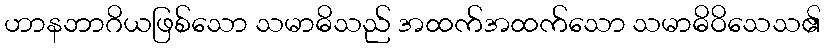
ဟာနဘာဂိယဖြစ်သော သမာဓိသည် အထက်အထက်သော သမာဓိဝိသေသ၏